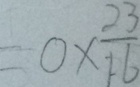
= 0 \times \frac { 2 3 } { 1 6 }